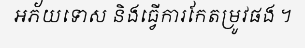
អភ័យទោស និងធ្វើការកែតម្រូវផង ។